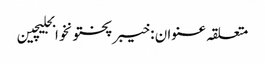
متعلقہ عنوان : خیبرپختونخوابجلیچین